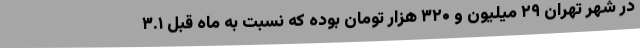
در شهر تهران ۲۹ میلیون و ۳۲۰ هزار تومان بوده که نسبت به ماه قبل ۳.۱